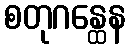
စတုဂန္ထေန